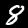
Label: 8